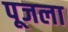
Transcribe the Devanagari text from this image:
पूजला